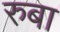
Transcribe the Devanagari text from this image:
रुबा